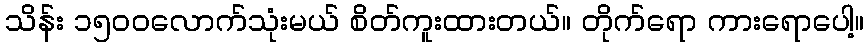
သိန်း ၁၅၀၀လောက်သုံးမယ် စိတ်ကူးထားတယ်။ တိုက်ရော ကားရောပေါ့။